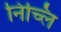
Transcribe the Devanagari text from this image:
निच्लि